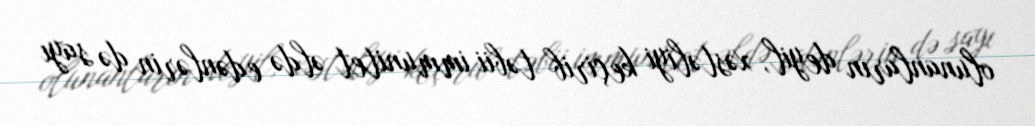
olunanların deyil, xəstəliyi keçirib təbii immunitet əldə edənlərin də sayı